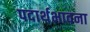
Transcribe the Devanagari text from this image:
पदार्थभावना